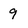
Character: 9